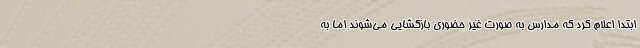
ابتدا اعلام کرد که مدارس به صورت غیر حضوری بازگشایی می‌شوند اما به